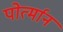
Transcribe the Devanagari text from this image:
पोर्त्मान